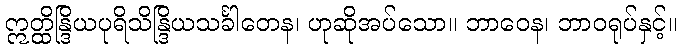
ဣတ္ထိန္ဒြိယပုရိသိန္ဒြိယသင်္ခါတေန၊ ဟုဆိုအပ်သော။ ဘာဝေန၊ ဘာဝရုပ်နှင့်။